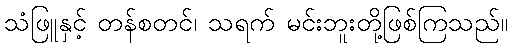
သံဖြူနှင့် တန်စတင်၊ သရက် မင်းဘူးတို့ဖြစ်ကြသည်။